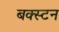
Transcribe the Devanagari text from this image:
बक्स्टन